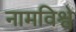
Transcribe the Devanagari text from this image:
नामविश्वे